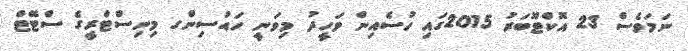
ނަމަވެސް 23 އޮކްޓޫބަރު 2015ގައި ހުސެއިން ވަހީދު މިވަނީ ހައުސިންގ މިނިސްޓްރީގެ ސްޓޭޓް